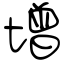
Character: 增